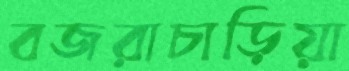
বজরাচাড়িয়া